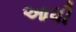
આધી